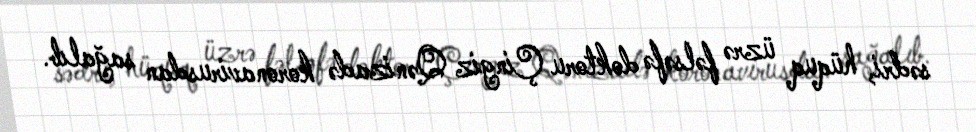
sədri, hüquq üzrə fəlsəfə doktoru Çingiz Qənizadə koronavirusdan sağalıb.